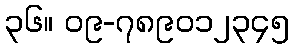
၃၆။ ၀၉-၇၈၉၀၁၂၃၄၅